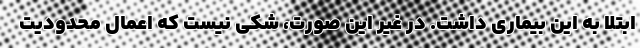
ابتلا به این بیماری داشت. در غیر این صورت، شکی نیست که اعمال محدودیت